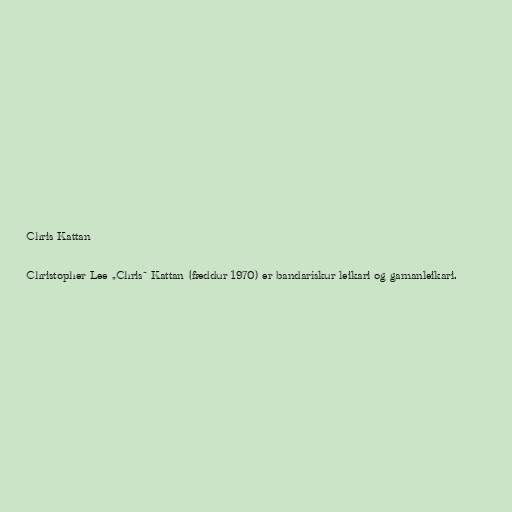
Chris Kattan

Christopher Lee „Chris“ Kattan (fæddur 1970) er bandarískur leikari og gamanleikari.